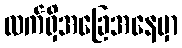
လက်ရှိအခြေအနေမှာ